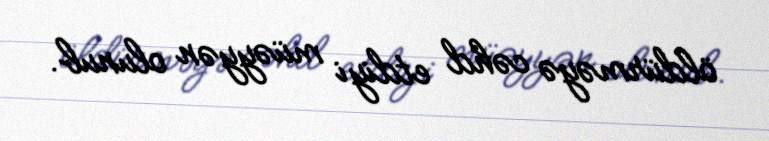
öldürməyə cəhd etdiyi müəyyən olunub.